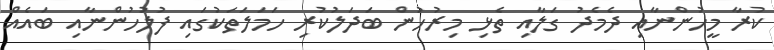
ކުރާ މީހުންނާއި ދެމެދު ގަލާއި ތެޅި މިރުހުން ބަދަލުކުރި ހަމަލަތަކުގައި ފުލުހުންނާއި ބައެއް